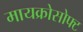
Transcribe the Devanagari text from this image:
मायक्रोसोफ्ट